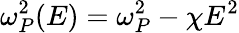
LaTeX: \omega_{P}^{2}(E)=\omega_{P}^{2}-\chi E^{2}